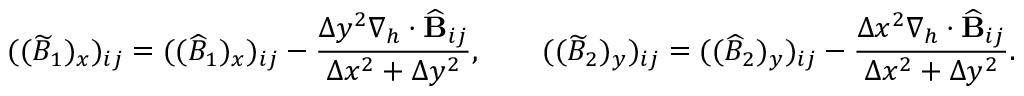
( ( \widetilde { B } _ { 1 } ) _ { x } ) _ { i j } = ( ( \widehat { B } _ { 1 } ) _ { x } ) _ { i j } - \frac { \Delta y ^ { 2 } \nabla _ { h } \cdot \widehat { \mathbf { B } } _ { i j } } { \Delta x ^ { 2 } + \Delta y ^ { 2 } } , \qquad ( ( \widetilde { B } _ { 2 } ) _ { y } ) _ { i j } = ( ( \widehat { B } _ { 2 } ) _ { y } ) _ { i j } - \frac { \Delta x ^ { 2 } \nabla _ { h } \cdot \widehat { \mathbf { B } } _ { i j } } { \Delta x ^ { 2 } + \Delta y ^ { 2 } } .